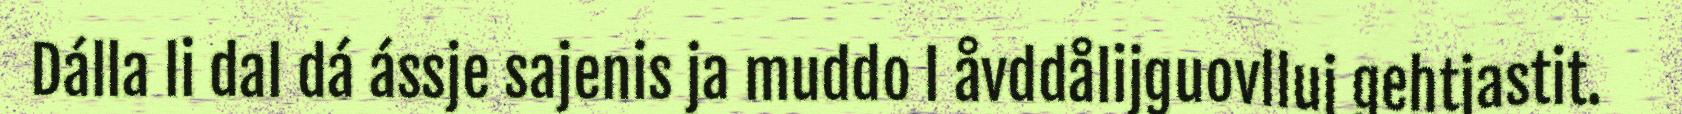
Dálla li dal dá ássje sajenis ja muddo l åvddålijguovlluj gehtjastit.